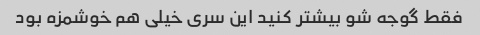
فقط گوجه شو بیشتر کنید این سری خیلی هم خوشمزه بود